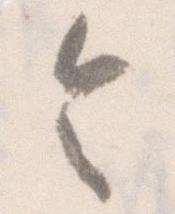
令